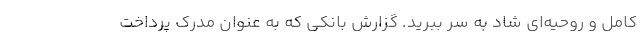
کامل و روحیه‌ای شاد به سر ببرید. گزارش بانکی که به عنوان مدرک پرداخت